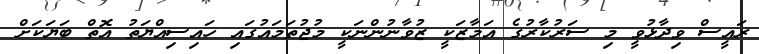
ރައީސް ވިދާޅުވީ މި ސަރުކާރުގެ އަމާޒަކީ ޒުވާނުންނަކީ މުޖުތަމައުގައި ހައިސިއްޔަތު އޮތް ބަޔަކަށް